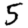
Digit: 5